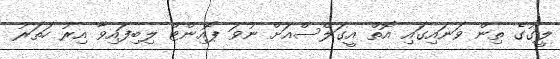
ލީގުގެ ތިން ވަނައިގައި އޮތް އީގަލްސްއަށް ނުވަ ޕޮއިންޓް ލިބިފައިވާ އިރު ހަތަރު